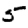
Digit: 5